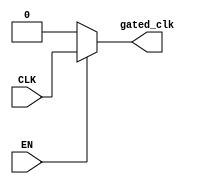
module clock_gating (
    input wire CLK,      // Primary clock signal
    input wire EN,       // Enable signal
    output wire gated_clk // Gated clock output to memory blocks
);

// Internal wire to hold the inverted enable signal
wire not_EN;

// Inverting the enable signal
assign not_EN = ~EN;

// Implementing clock gating using a conditional assignment
// When EN is high, gated_clk follows CLK; when EN is low, gated_clk is held low
assign gated_clk = (EN) ? CLK : 1'b0;

endmodule